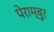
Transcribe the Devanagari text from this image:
पेराम्बुर